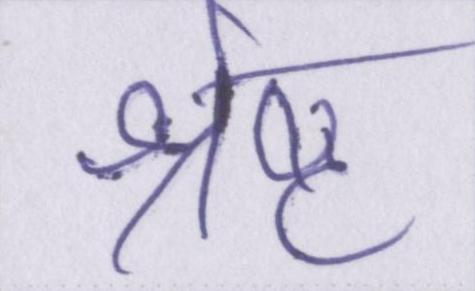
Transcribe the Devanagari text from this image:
श्रेष्ठ